Tartu_pedagoogiumi_aruanded, lk 14
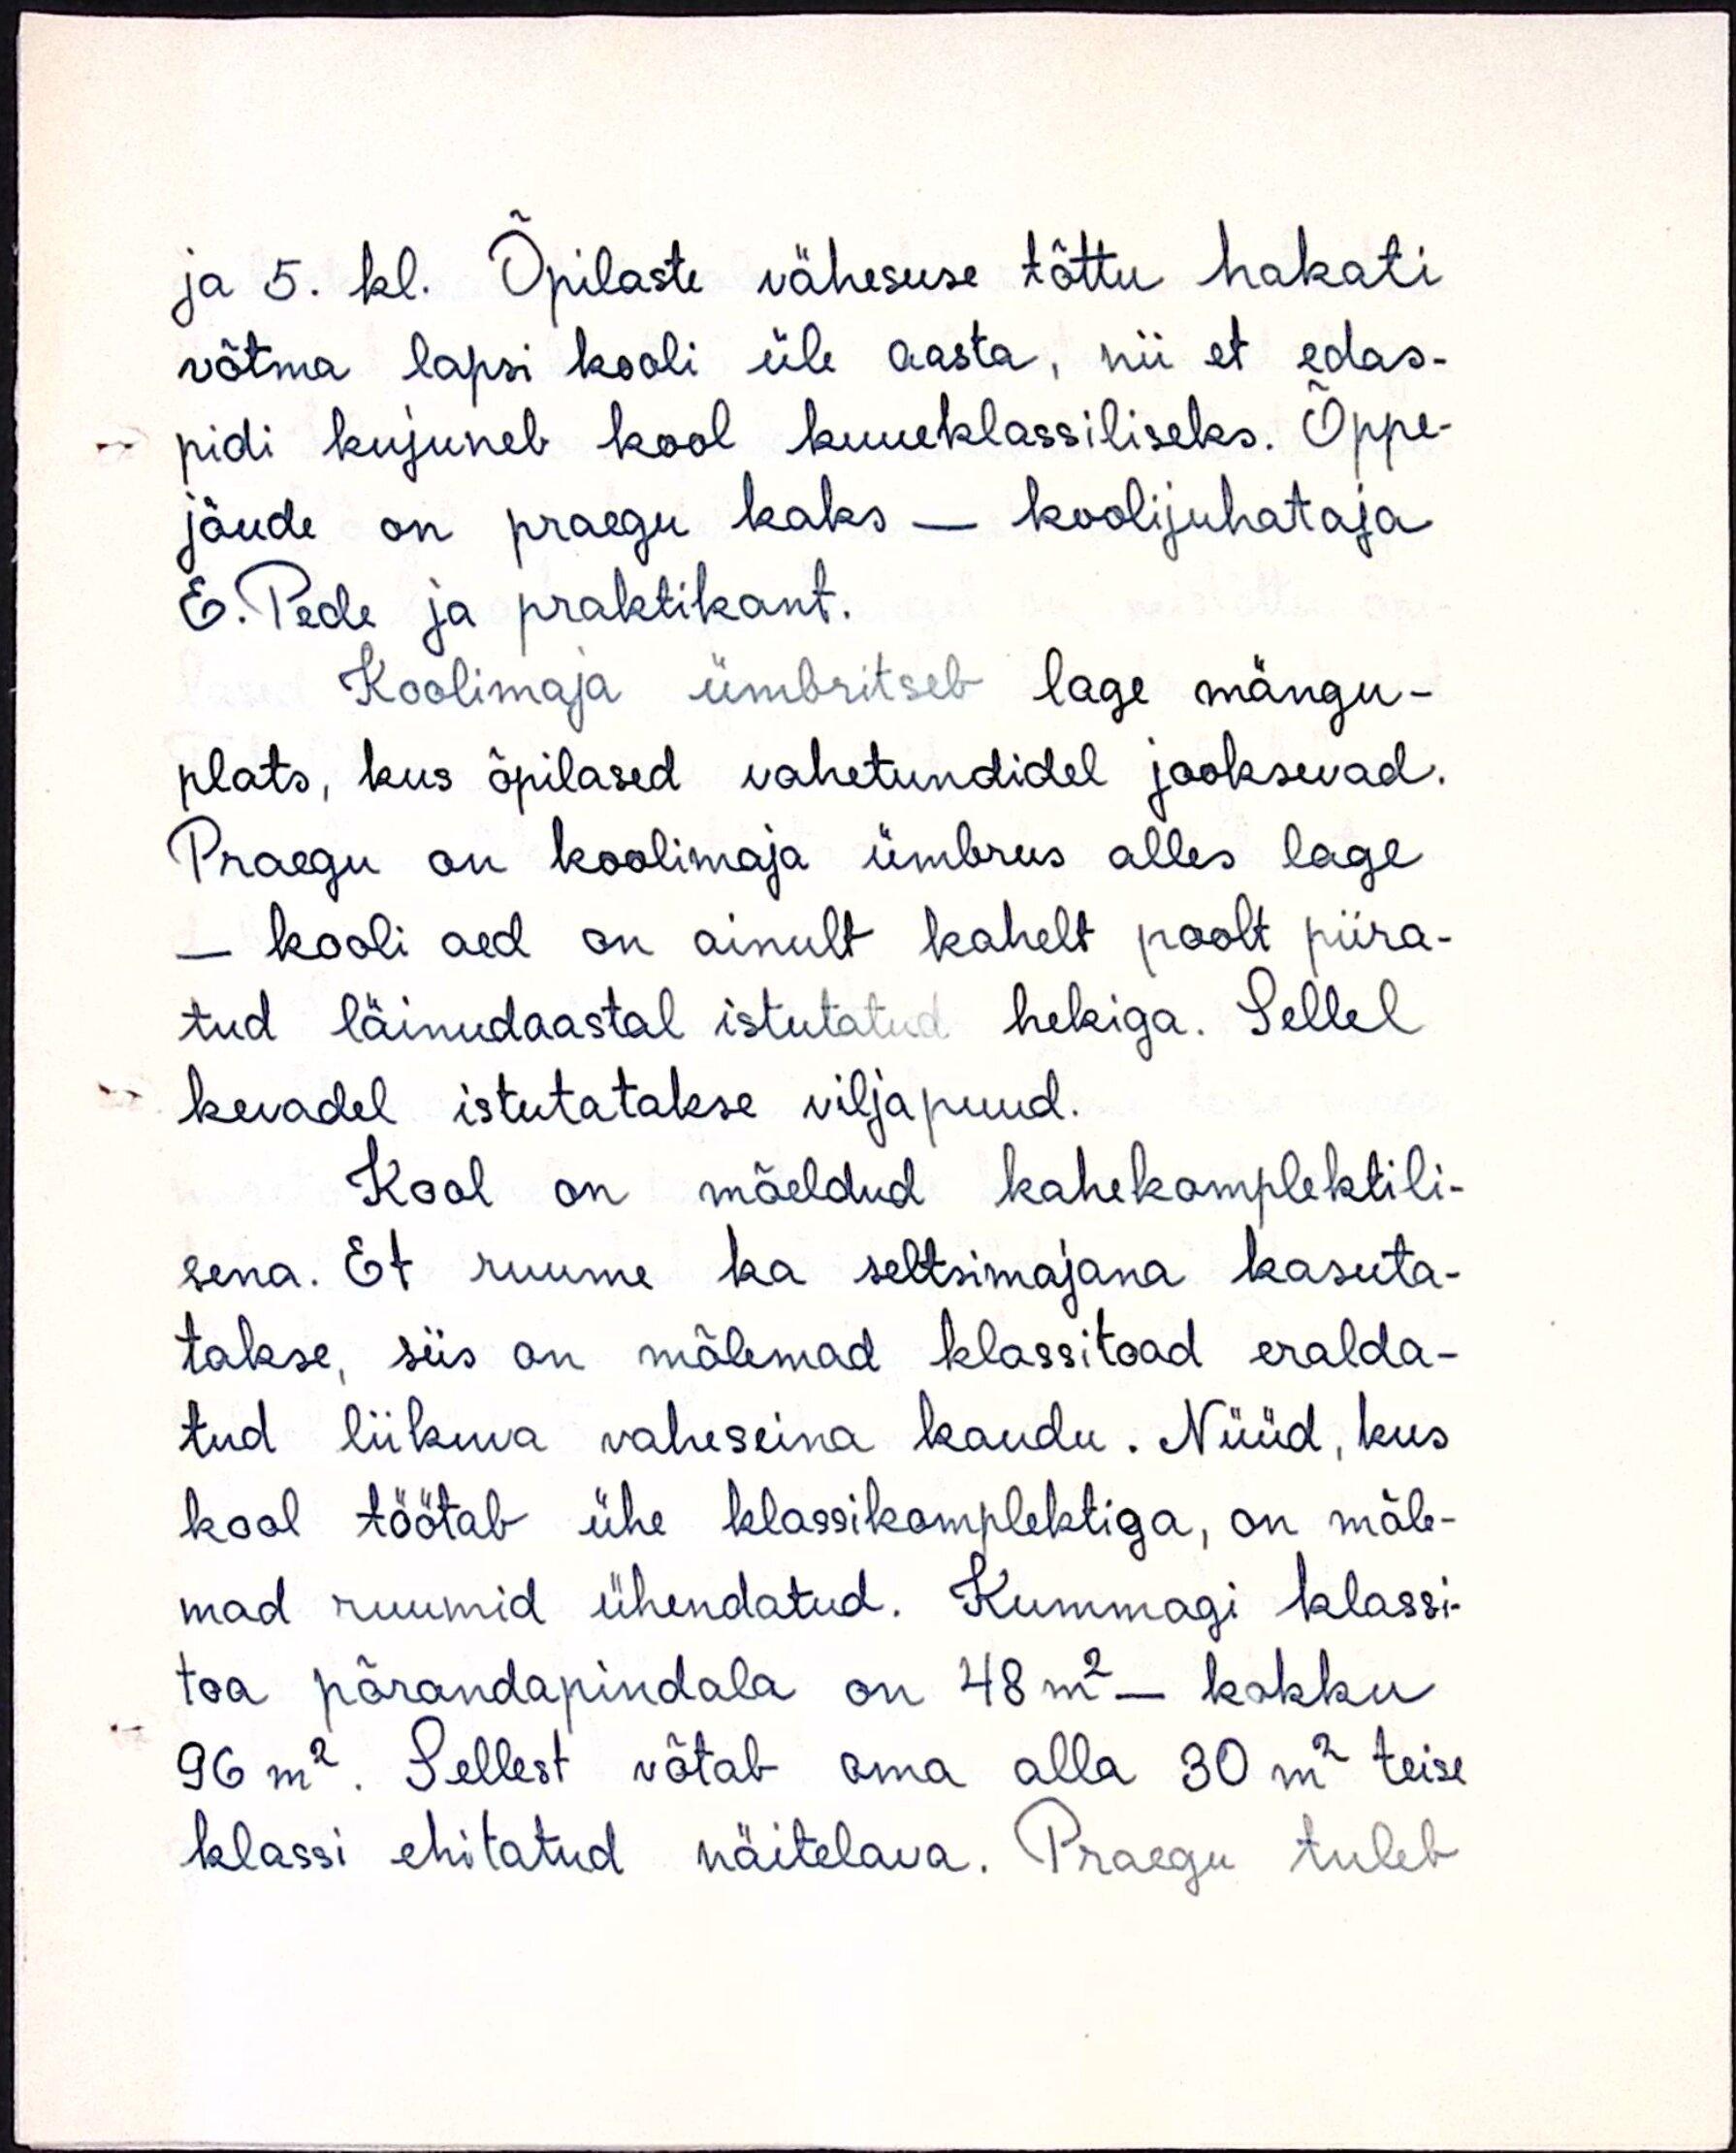
ja 5. kl. Õpilaste vähesuse tõttu hakati
võtma lapsi kooli üle aasta, nii et edas-
pidi kujuneb kool kuueklassiliseks. Õppe-
jõude on praegu kaks - koolijuhataja
E. Pede ja praktikant.
Koolimaja ümbritseb lage mängu-
plats, kus õpilased vahetundidel jooksevad.
Praegu on koolimaja ümbrus alles lage-
- kooli aed on ainult kahelt poolt piira-
tud läinudaastal istutatud hekiga. Sellel
kevadel istutatakse viljapuud.
Kool on mõeldud kahekomplektili-
sena. Et ruume ka seltsimajana kasuta-
takse, siis on mõlemad klassitoad eralda-
tud liikuva vaheseina kaudu. Nüüd, kus
kool töötab ühe klassikomplektiga, on mõle-
mad ruumid ühendatud. Kummagi klassi-
toa põrandapindala on 48m2 - kokku
96 m2. Sellest võtab oma alla 30 m2 teise
klassi ehitatud näitelava. Praegu tuleb